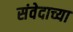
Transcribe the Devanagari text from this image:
संवेदाच्या